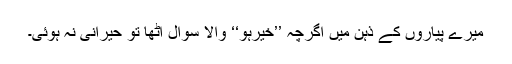
میرے پیاروں کے ذہن میں اگرچہ ’’خیرہو‘‘ والا سوال اٹھا تو حیرانی نہ ہوئی۔